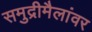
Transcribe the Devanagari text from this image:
समुद्रीमैलांवर